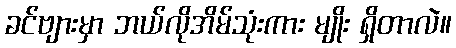
ခင်ဗျားမှာ ဘယ်လိုအိမ်သုံးကား မျိုး ရှိတာလဲ။